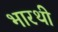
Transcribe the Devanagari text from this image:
भारथी